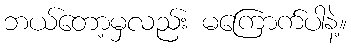
ဘယ်တော့မှလည်း မကြောက်ပါနဲ့။